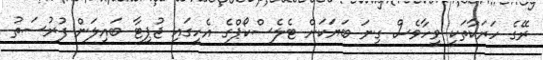
ރޭގެ ހަރަކާތަކީ ވީހާވެސް ގިނަ ބަޔަކަށް ޓެލެސްކޯޕްގެ އެހީގައި ޖުޕިޓާ ބައިލަން ފުރުސަތު